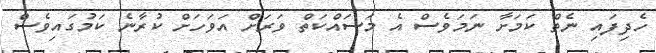
ހެދިފައި ނެތް ކަމަށާ ނަމަވެސް އެ މަސައްކަތް ވަރަށް އަވަހަށް ކުރާނެ ކަމުގައިވެސް